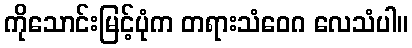
ကိုသောင်းမြင့်ပုံက တရားသံဝေဂ လေသံပါ။